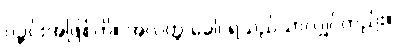
ပဉ္ဇင်းအဖြစ်ကို။ အလတ္ထ ခေါ၊ ရသည်သာလျှင်တည်း။